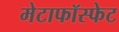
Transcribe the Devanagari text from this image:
मेटाफॉस्फेट